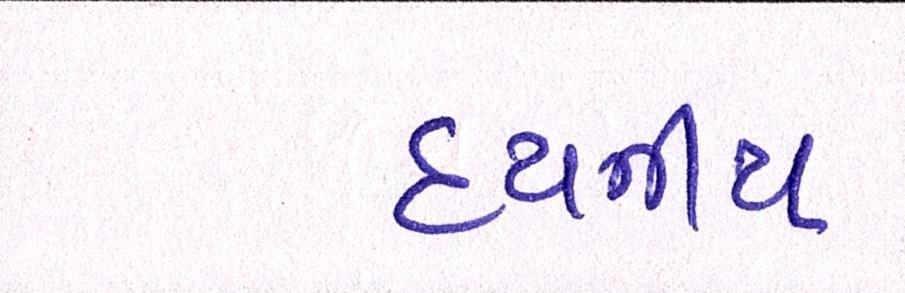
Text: દયનીય